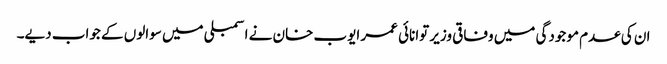
ان کی عدم موجودگی میں وفاقی وزیر توانائی عمر ایوب خان نے اسمبلی میں سوالوں کے جواب دیے۔